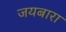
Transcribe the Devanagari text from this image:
जयबारा